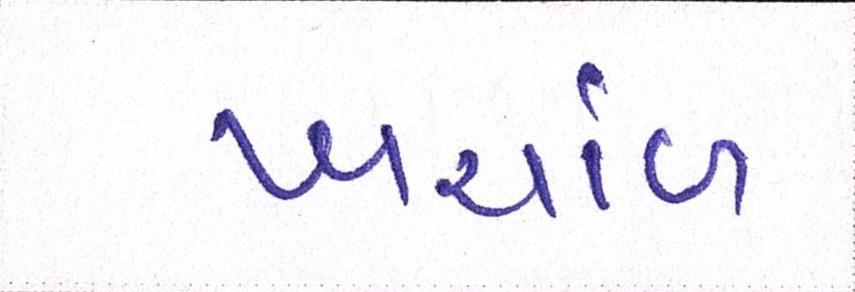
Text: ખર્ચાળ